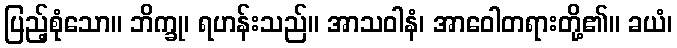
ပြည့်စုံသော။ ဘိက္ခု၊ ရဟန်းသည်။ အာသဝါနံ၊ အာဝေါတရားတို့၏။ ခယံ၊